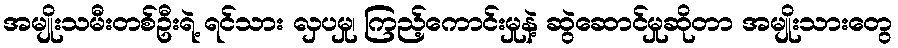
အမျိုးသမီးတစ်ဦးရဲ့ ရင်သား လှပမှု၊ ကြည့်ကောင်းမှုနဲ့ ဆွဲဆောင်မှုဆိုတာ အမျိုးသားတွေ